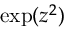
\exp ( z ^ { 2 } )